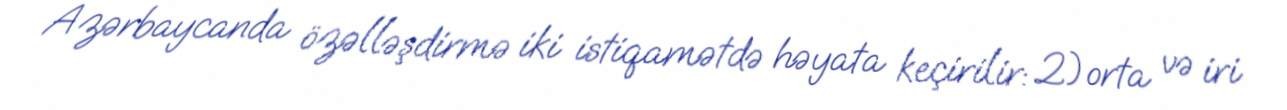
Azərbaycanda özəlləşdirmə iki istiqamətdə həyata keçirilir: 2)orta və iri